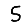
Digit: 5